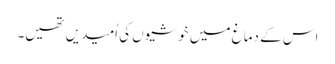
اس کے دماغ میں خوشیوں کی اُمیدیں تھیں۔